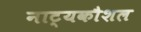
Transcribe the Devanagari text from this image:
नाट्यकौशल